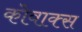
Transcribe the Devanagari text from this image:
कोवाक्स